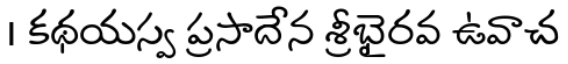
। కథయస్వ ప్రసాదేన శ్రీభైరవ ఉవాచ